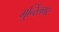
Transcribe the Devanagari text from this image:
गुन्स्लिंगर